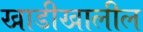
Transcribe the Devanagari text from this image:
खाडीखालील